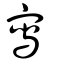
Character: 寫